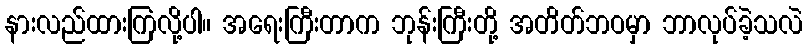
နားလည်ထားကြလို့ပါ။ အရေးကြီးတာက ဘုန်းကြီးတို့ အတိတ်ဘဝမှာ ဘာလုပ်ခဲ့သလဲ